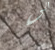
الى